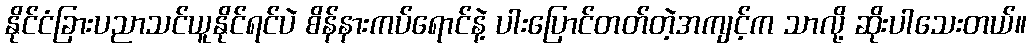
နိုင်ငံခြားပညာသင်ယူနိုင်ရင်ပဲ စိန်နားကပ်ရောင်နဲ့ ပါးပြောင်တတ်တဲ့အကျင့်က သာလို့ ဆိုးပါသေးတယ်။